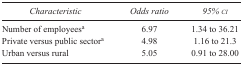
| Characteristic | Odds ratio | 95% ci |
 | --- | --- | --- |
 | Number of employeesa | 6.97 | 1.34 to 36.21 |
 | Private versus public sectora | 4.98 | 1.16 to 21.3 |
 | Urban versus rural | 5.05 | 0.91 to 28.00 |